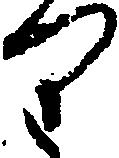
り